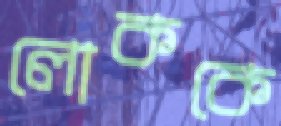
লোককে